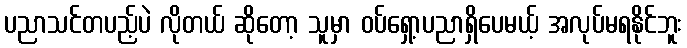
ပညာသင်တပည့်ပဲ လိုတယ် ဆိုတော့ သူမှာ ဝပ်ရှော့ပညာရှိပေမယ့် အလုပ်မရနိုင်ဘူး